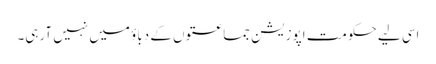
اسی لیے حکومت اپوزیشن جماعتوں کے دباؤ میں نہیں آرہی۔